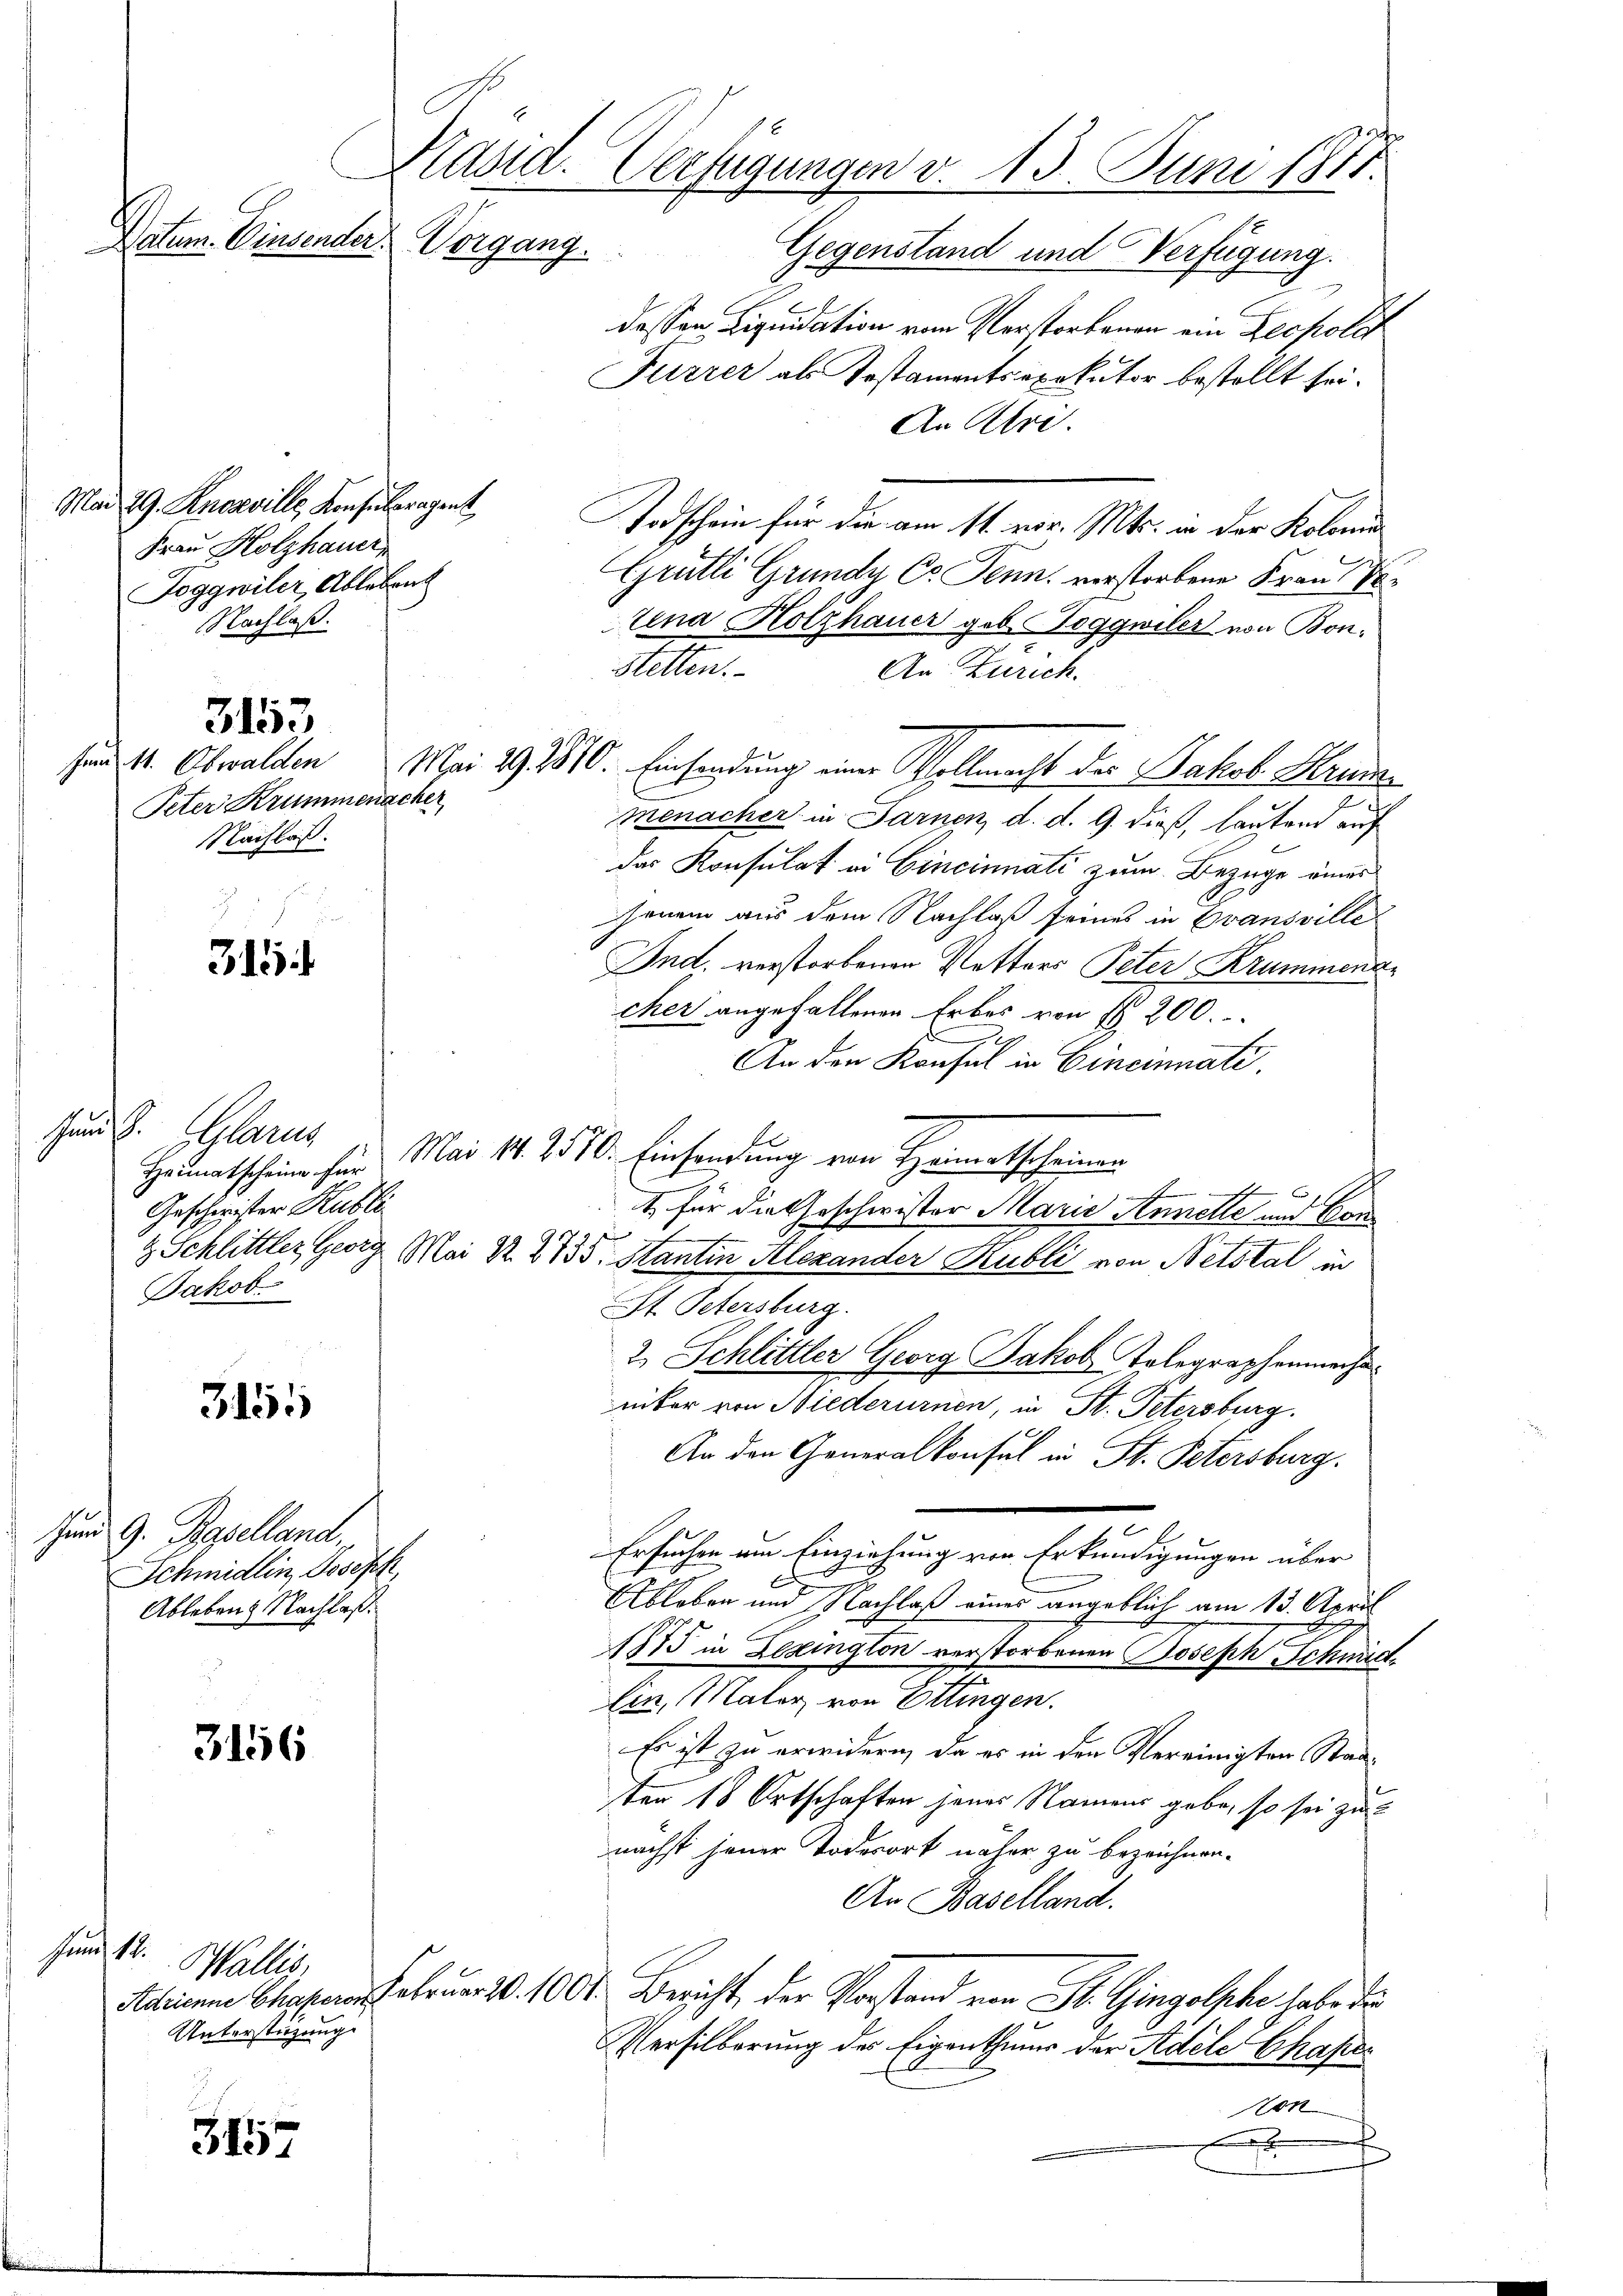
Präsid. Verfügungen v. 13. Juni 1811.
Datum. Einsender Vorgang.
Gegenstand und Verfügung.

Mad 29. Knezeville Konsuleragent
Frau Holzhauer
Joggwiler, Ableben
Nachlaß.

Peter Krummenacher
Nachlaß.

3153

31

sund d. Glarus
Geschwister Hubli
Jakob

3155

Jund 9. Baselland,
Schmidlin, Joseph
Ableben. Nachlaß.

3156

Jund 12.
Wallis,
Unterstützung

3157

dessen Liquidation vom Verstorbenen ein Leopolit
Furrer als Testamentsexekutor bestellt sei.
An Ahre.
Todschein für die am 11. vor. Mts. in der Kolomi¬
Grütli Grunde Co. Jenn, verstorbene Frau Vor
tina Holzhauer geb. Toggwiler von Bon¬
Stetten.
An Zürich.
sind 11. Obwalden Mai 191810. Einsendung einer Vollmacht des Jakob Hrudamenacher in Sarnen, d. d. 9. dieß, lautend auf
das Konsulat in Cincinnati zum Bezüge eines
jenem aus dem Nachlaß seines in Evansville
Ind. verstorbenen Retters Peter Krummende
cher angefallenen Erbes von § 200.
An den Konsul in Cincinnati
Haumatscheine für Mai 1. 2570. Einsendung von Heimatscheinan
.
1. für die Geschwister Marie Annelle und Can¬
& Schlittler, Georg Mai 22. 2735. Hantin Alexander Rubli von Netstal in
St. Petersburg.
2. Schlittler Georg Jakob Telegraphenmache
rüter von Niederurnen, in St. Petersburg.
An den Generalkonsul in St. Petersburg.
Ersuchen um Einziehung von Erkundigungen über
Ableben und Nachlaß eines angeblich am 13. April
1875 in Lexington verstorbenen Joseph Schwäch
Ain, Mater von Ettingen.
Es ist zu erwidern, da es in den Vereinigten Staaten 18 Ortschaften jenes Namens gebe, so sei zu
nächst jener Todesort näher zu bezeichnen.
An Baselland.
Adrianne Charfebruar 2. 100. Bericht der Vorstand von St. Gingolphe habe der
Versilberung des Eigenthum der Adele Chaper
Non
x